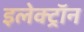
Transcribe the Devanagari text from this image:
इलेक्ट्राॅन